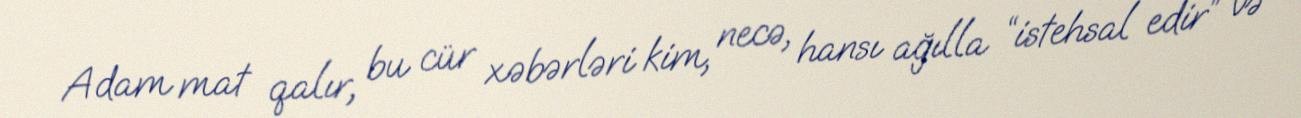
Adam mat qalır, bu cür xəbərləri kim, necə, hansı ağılla “istehsal edir” və